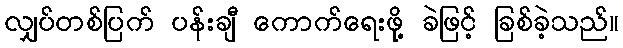
လျှပ်တစ်ပြက် ပန်းချီ ကောက်ရေးဖို့ ခဲဖြင့် ခြစ်ခဲ့သည်။